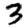
Digit: 3